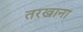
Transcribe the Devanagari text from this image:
तरखाना